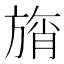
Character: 旓